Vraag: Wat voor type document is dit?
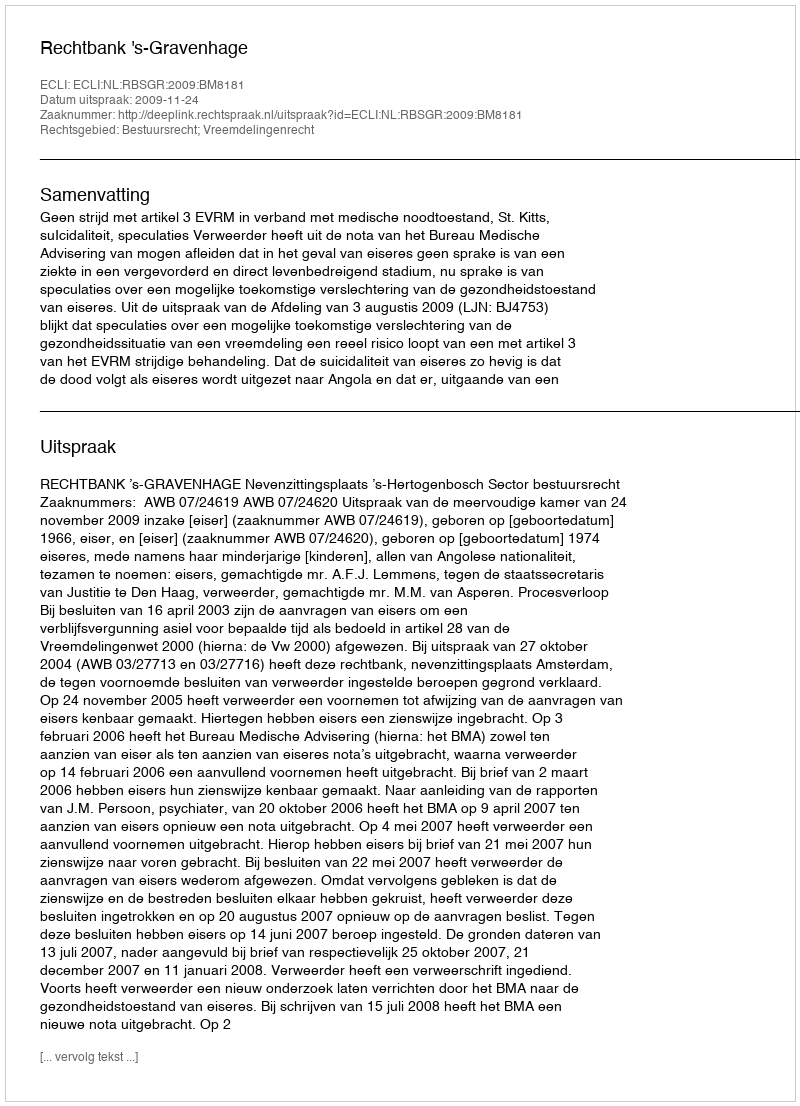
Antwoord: Uitspraak